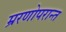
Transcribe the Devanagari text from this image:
म्ररणोपरान्त